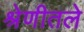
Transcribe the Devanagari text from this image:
श्रेणीतले